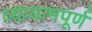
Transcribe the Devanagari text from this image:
व्यायामपूर्ण